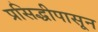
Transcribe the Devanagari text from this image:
प्रसिद्धीपासून